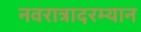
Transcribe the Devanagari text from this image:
नवरात्रादरम्यान